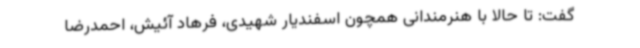
گفت: تا حالا با هنرمندانی همچون اسفندیار شهیدی، فرهاد آئیش، احمدرضا